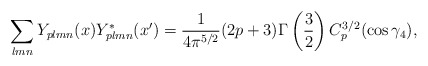
\begin{align*}\sum_{lmn} Y_{plmn}(x)Y^*_{p lmn}(x') =\frac{1}{4 \pi^{5/2}}(2p+3) \Gamma \left(\frac{3}{2} \right) C^{3/2}_p (\cos \gamma_4),\end{align*}